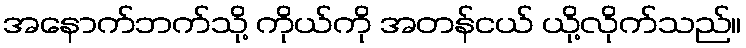
အနောက်ဘက်သို့ ကိုယ်ကို အတန်ငယ် ယို့လိုက်သည်။